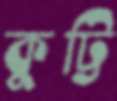
কুট্টি